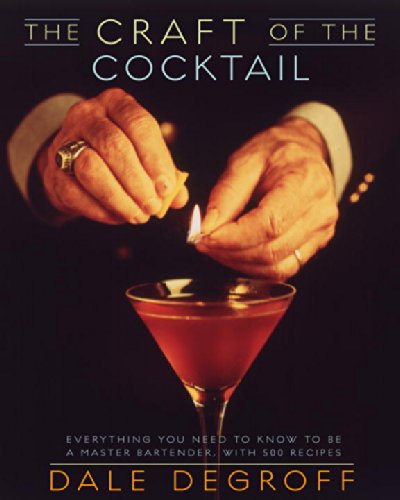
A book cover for The Craft of the Cocktail: Everything You Need to Know to Be a Master Bartender, with 500 Recipes; Dale DeGroff; Cookbooks, Food & Wine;